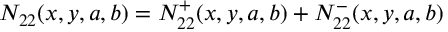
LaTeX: N _ { 2 2 } ( x , y , a , b ) = N _ { 2 2 } ^ { + } ( x , y , a , b ) + N _ { 2 2 } ^ { - } ( x , y , a , b )